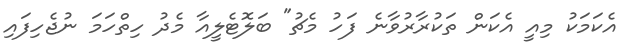
އެކަމަކު މިއީ އެކަން ތަކުރާރުވާނެ ފަހު މެޗު" ބަލޮޓެލީއާ މެދު ހިތްހަމަ ނުޖެހިފައި